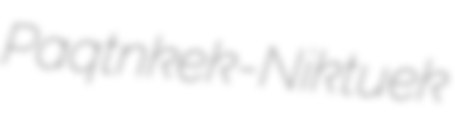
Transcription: Paqtnkek-Niktuek